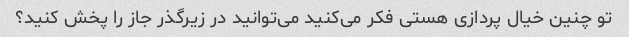
تو چنین خیال پردازی هستی فکر می‌کنید می‌توانید در زیرگذر جاز را پخش کنید؟